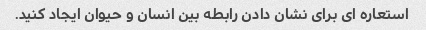
استعاره ای برای نشان دادن رابطه بین انسان و حیوان ایجاد کنید.